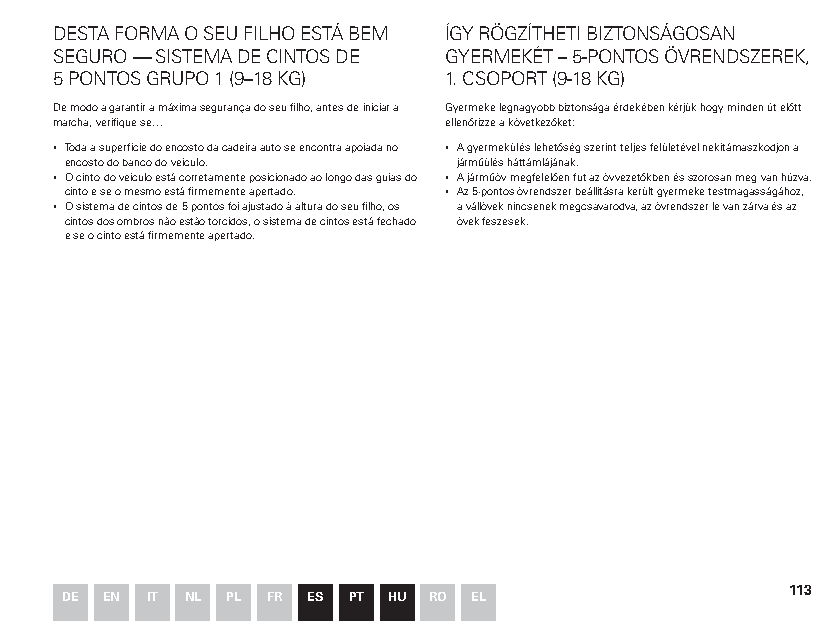
DESTA FORMA O SEU FILHO ESTÁ BEM ÍGY RÖGZÍTHETI BIZTONSÁGOSAN
 SEGURO — SISTEMA DE CINTOS DE GYERMEKÉT – 5-PONTOS ÖVRENDSZEREK,
 5 PONTOS GRUPO 1 (9–18 KG) 1. CSOPORT (9-18 KG)
 De modo a garantir a máxima segurança do seu filho, antes de iniciar a Gyermeke legnagyobb biztonsága érdekében kérjük hogy minden út előtt
 marcha, verifique se…    ellenőrizze a következőket:
 ▪ Toda a superfície do encosto da cadeira auto se encontra apoiada no ▪ A gyermekülés lehetőség szerint teljes felületével nekitámaszkodjon a
 encosto do banco do veículo. járműülés háttámlájának.
 ▪ O cinto do veículo está corretamente posicionado ao longo das guias do ▪ A járműöv megfelelően fut az övvezetőkben és szorosan meg van húzva.
 cinto e se o mesmo está firmemente apertado. ▪ Az 5-pontos övrendszer beállításra került gyermeke testmagasságához,
 ▪ O sistema de cintos de 5 pontos foi ajustado à altura do seu filho, os a vállövek nincsenek megcsavarodva, az övrendszer le van zárva és az
 cintos dos ombros não estão torcidos, o sistema de cintos está fechado övek feszesek.
 e se o cinto está firmemente apertado.
 113
 DE EN IT NL PL FR ES PT HU RO EL